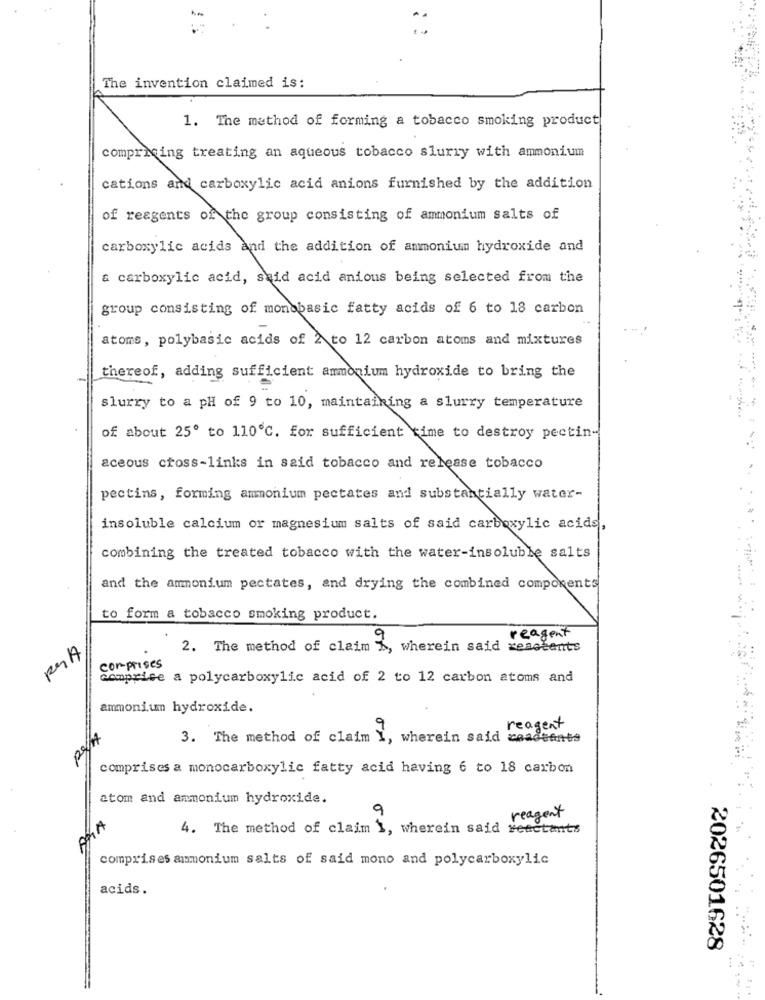
The invention claimed is:
1. The method of forming a tobacco smoking product
compricing treating an aqueous tobacco slurry with ammonium
cations and carboxylic acid anions furnished by the addition
of reagents of the group consisting of ammonium salts of
carboxylic acids and the addition of ammonium hydroxide and
& carboxylic acid, said acid anions being selected from the
group consisting of monobasic fatty acids of 6 to 18 carbon
atoms, polybasic acids of 2 to 12 carbon atoms and mixtures
thereof, adding sufficient ammonium hydroxide to bring the
slurry to a pH of 9 to 10, maintaining a slurry temperature
of about 25º to 110℃. for sufficient time to destroy pectin-
aceous cross-links in said tobacco and release tobacco
pectins, forming ammonium pectates and substantially water-
insoluble calcium or magnesium salts of said carboxylic acids,
combining the treated tobacco with the water-insoluble salts
and the ammonium pectates, and drying the combined components
to form a tobacco smoking product.
reagent
2. The method of claim
wherein said reserents
comprises
comprise a polycarboxylic acid of 2 to 12 carbon atoms and
ammonium hydroxide.
reagent
3. The method of claim I,
wherein said coadeents
comprises a monocarboxylic fatty acid having 6 to 18 carbon
atom and ammonium hydroxide.
reagent
AMA
4. The method of claim 1, wherein said reactants
comprises ammonium salts of said mono and polycarboxylic
acids.
2026501628